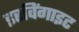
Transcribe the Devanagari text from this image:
इरविंगाइट